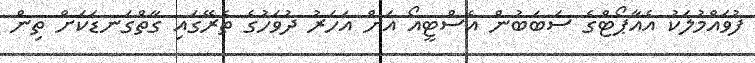
ފުވައްމުލަކު އެއާޕޯޓްގެ ސަބަބުން އެސްޓީއޯ އަށް އަހަރު ދުވަހުގެ ތެރޭގައި ގާތްގަނޑަކަށް ތިން